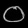
Digit: ၀